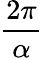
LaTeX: \frac{2\pi}{\alpha}